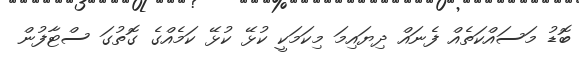
ބޮޑު މަސައްކަތެއް ފެނައް ދިޔައިމަ މިކަމަކީ ކުޅޭ ކުޅޭ ކަމެއްގެ ގޮތުގަ ސްޓާފުން